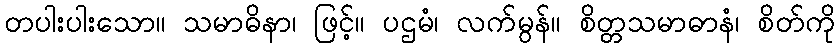
တပါးပါးသော။ သမာဓိနာ၊ ဖြင့်။ ပဌမံ၊ လက်မွန်။ စိတ္တသမာဓာနံ၊ စိတ်ကို